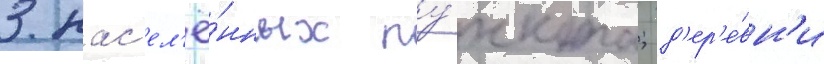
3 нас'ел'ё́нных пу́нкта; д'ер'е́вн'и